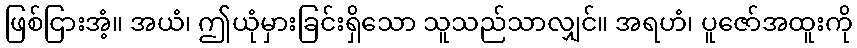
ဖြစ်ငြားအံ့။ အယံ၊ ဤယုံမှားခြင်းရှိသော သူသည်သာလျှင်။ အရဟံ၊ ပူဇော်အထူးကို